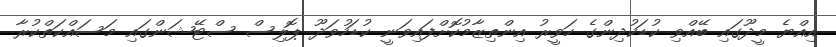
އިއްޔެ މީދޫގައި ބޭއްވި ކުޑަކުދިންގެ ހަވީރު އިންތިޒާމުކޮށްފައިވަނީ ކުޑަހުވަދޫ ޕޮލިސް ސްޓޭޝަންގައި މަސައްކަތްކުރާ